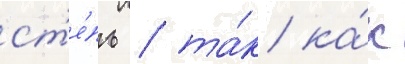
ст'е́пь / та́к ка́к